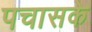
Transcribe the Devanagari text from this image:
पचासके